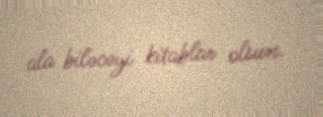
ala biləcəyi kitablar olsun.